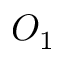
O _ { 1 }